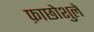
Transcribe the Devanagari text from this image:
फ़ाछोशुले